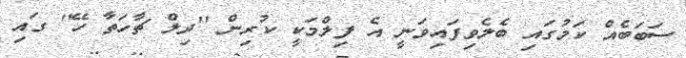
ސަބަބެއް ކަމުގައި ބެލެވިފައިވަނީ އެ ފިލްމަކީ ކުރިން ''ދިލް ޗާހަތާ ހޭ'' ގައި